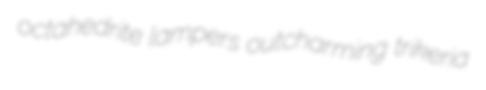
octahedrite lampers outcharming trikeria